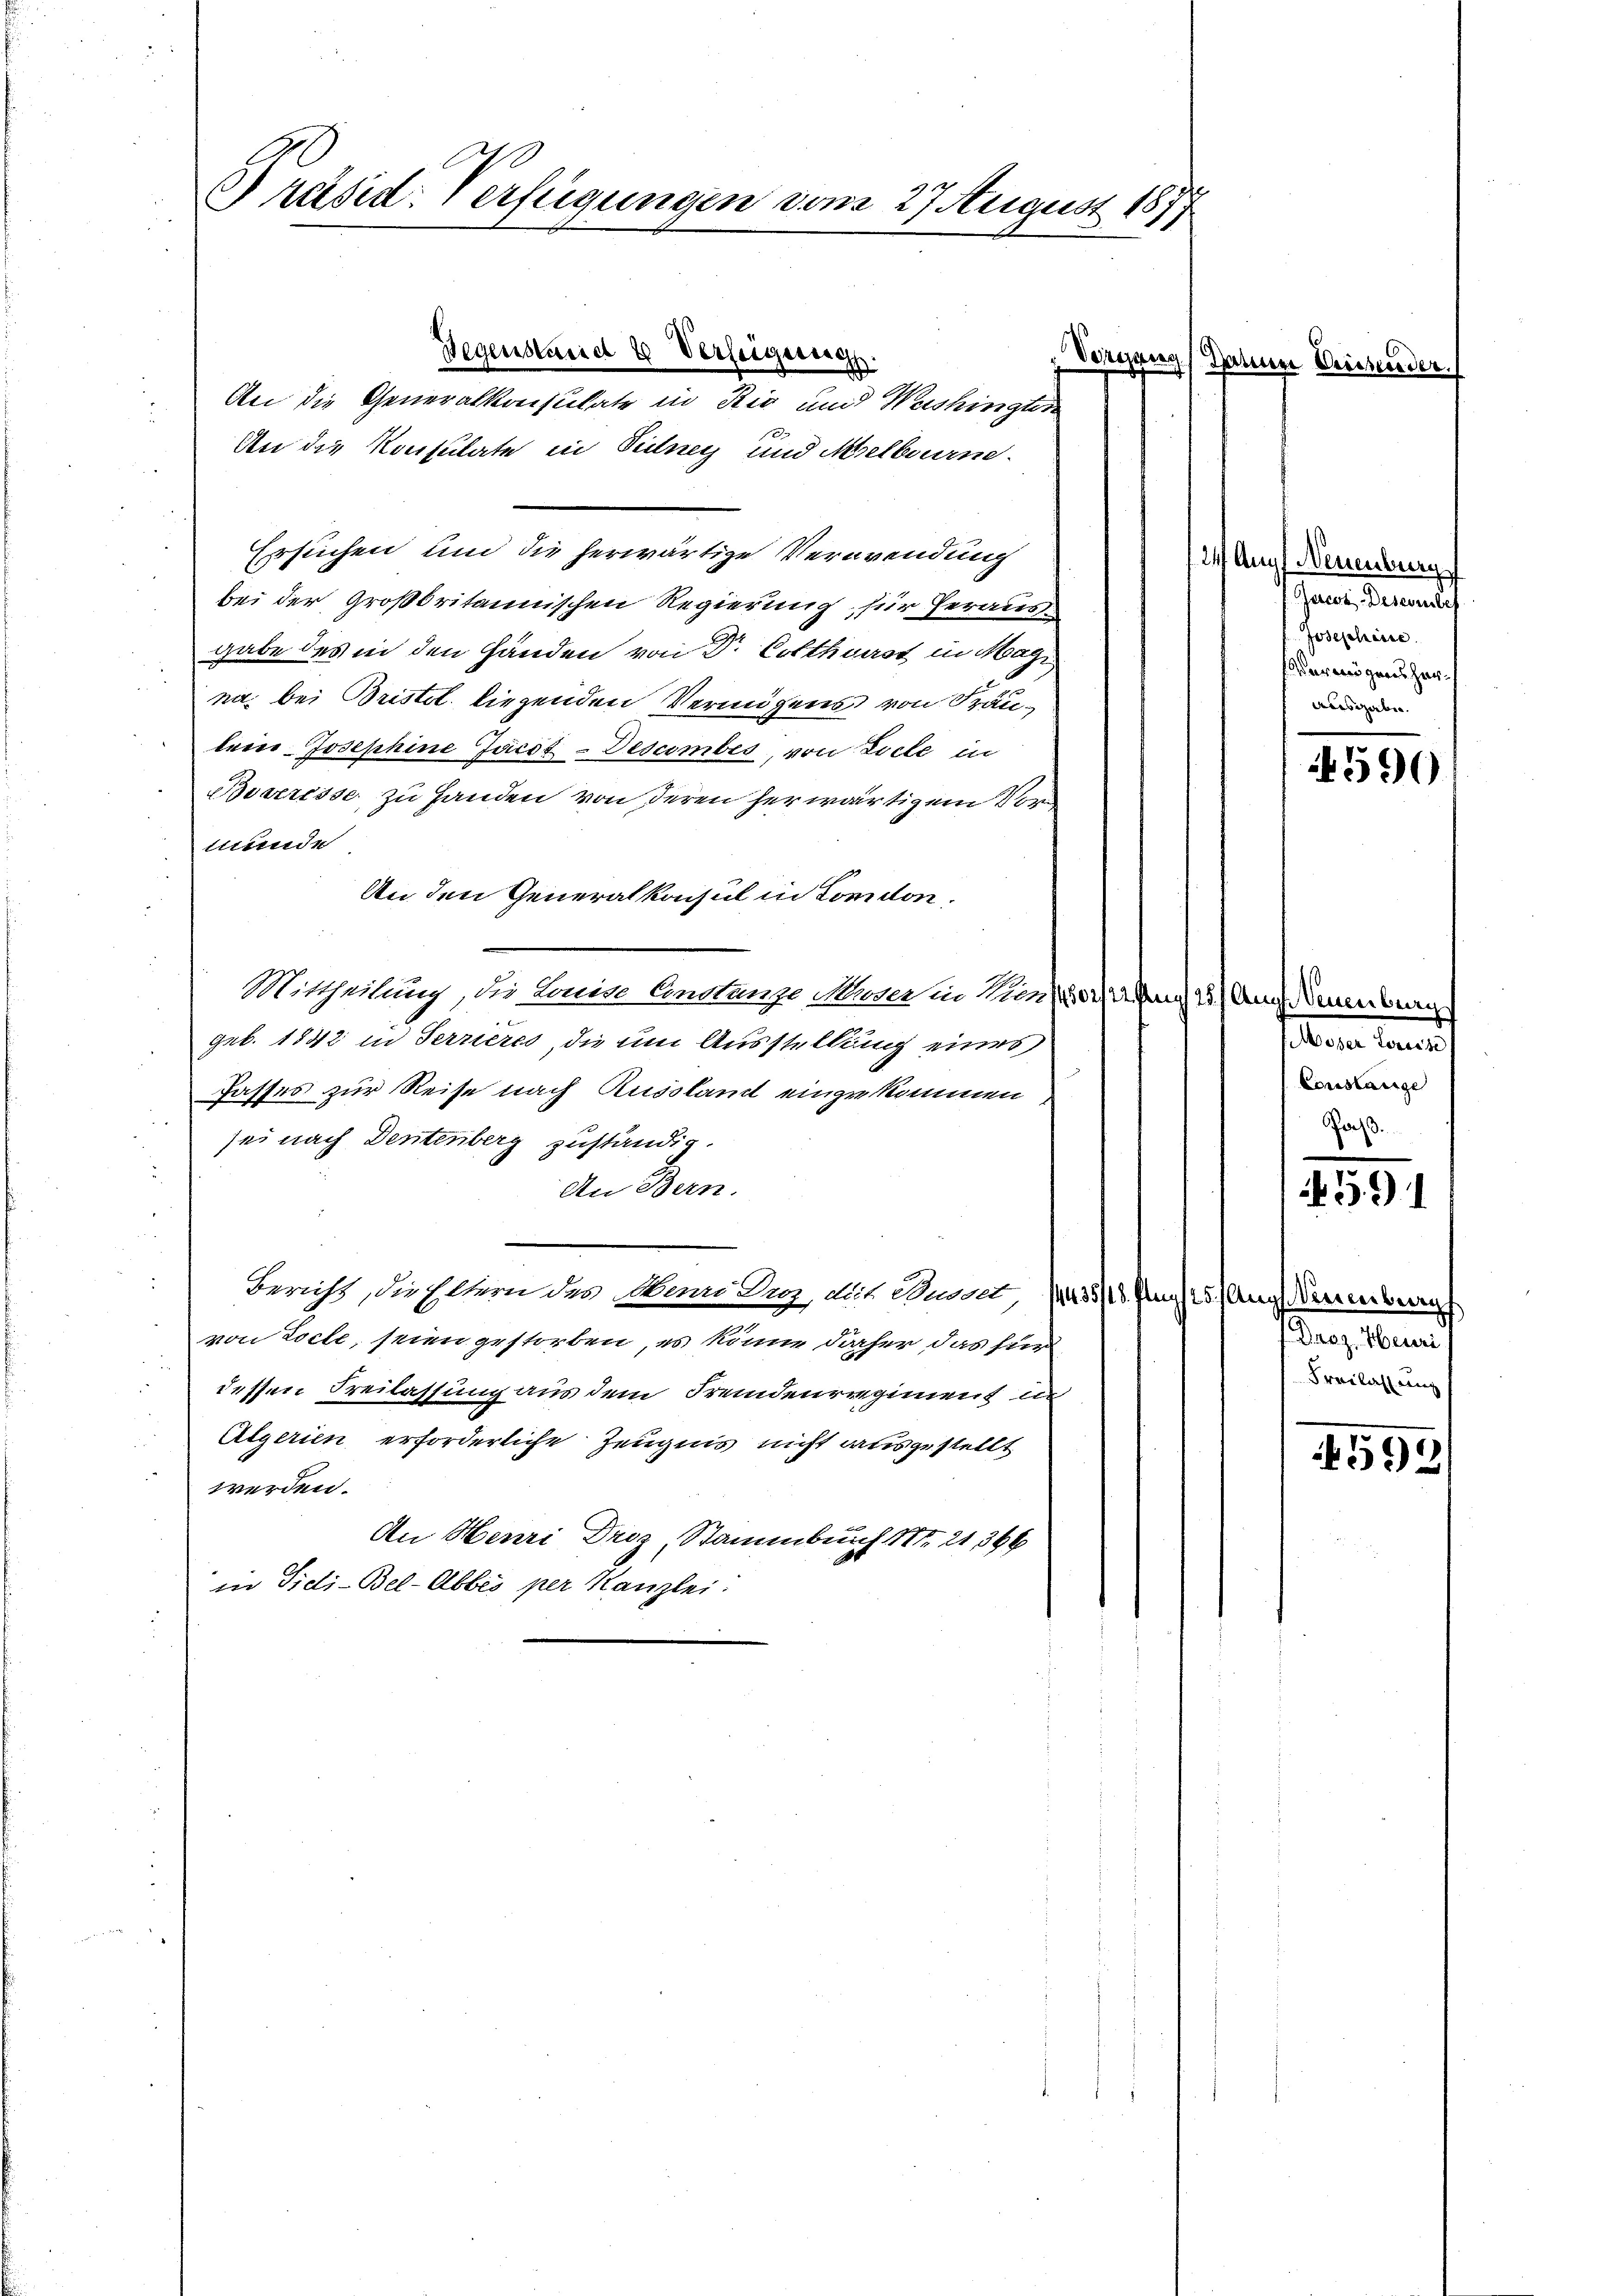
Bräsid. Verfügungen vom 27 August 1877

Gegenstand 4 Verfeigers.

An die Generalkonsulate in Rig und Washingten
An die Konsulate in Teilney und Melbourne
Ersuchen und die herwärtige Verwendung
2
bei der Großbritannischen Regierung, für herausgabe des in den Handen von Dr. Cotthaust in Magi
na bei Bristol. liegenden Vermögens von Frauleier Josephine Jacot-Descimbes, von Ziele in
Boveresse zu Handen von deren herwärtigem Vortunde
An den Generalkonsul in London.
Mittheilung, die Lain Anslange Maure in No 40/4 15) Auch Neuenburg
geb. 1842 in Terrieres, die um Ausstellung eines
Jasses zur Reise nach Russland eingekommen
sei nach Dentenberg zuständig.
An Bern.
Bericht, die Eltern des Mani Graz, die Busser, 1435/10. Aug. 15. Augenberg
von Loche, seien gestorben, es könne daher das für
dessen Freilassung aus dem Fremdenregiment in
Algerien erforderliche Zeugnis nicht ausgestellt,
werden.
An Henri Droz, Stammburch No. 21366
in Tiei-Bel-Abbes per Kanzlei:

Vorgang daher Wissender.

Augf Neuenburg
Gerecz-Deserbes
Josephine
Vermögens her¬
Ausgaben.

14590

Moser Lorerse
Constange
ass.

591

Droz. Heuri
Freilassung

592